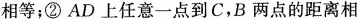
相等；②AD上任意一点到C，B两点的距离相